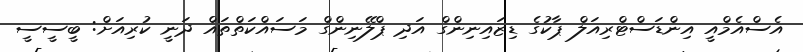
އެސްއެމްއީ އިންޑަސްޓްރިއަލް ޕާކުގެ ޑިޒައިނިންގް އަދި ޕްލޭނިންގް މަސައްކަތްތައް ދަނީ ކުރިއަށް: ބީސީސީ